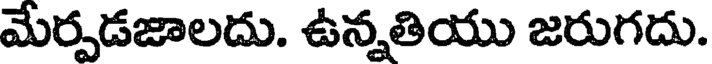
మేర్పడజాలదు. ఉన్నతియు జరుగదు.